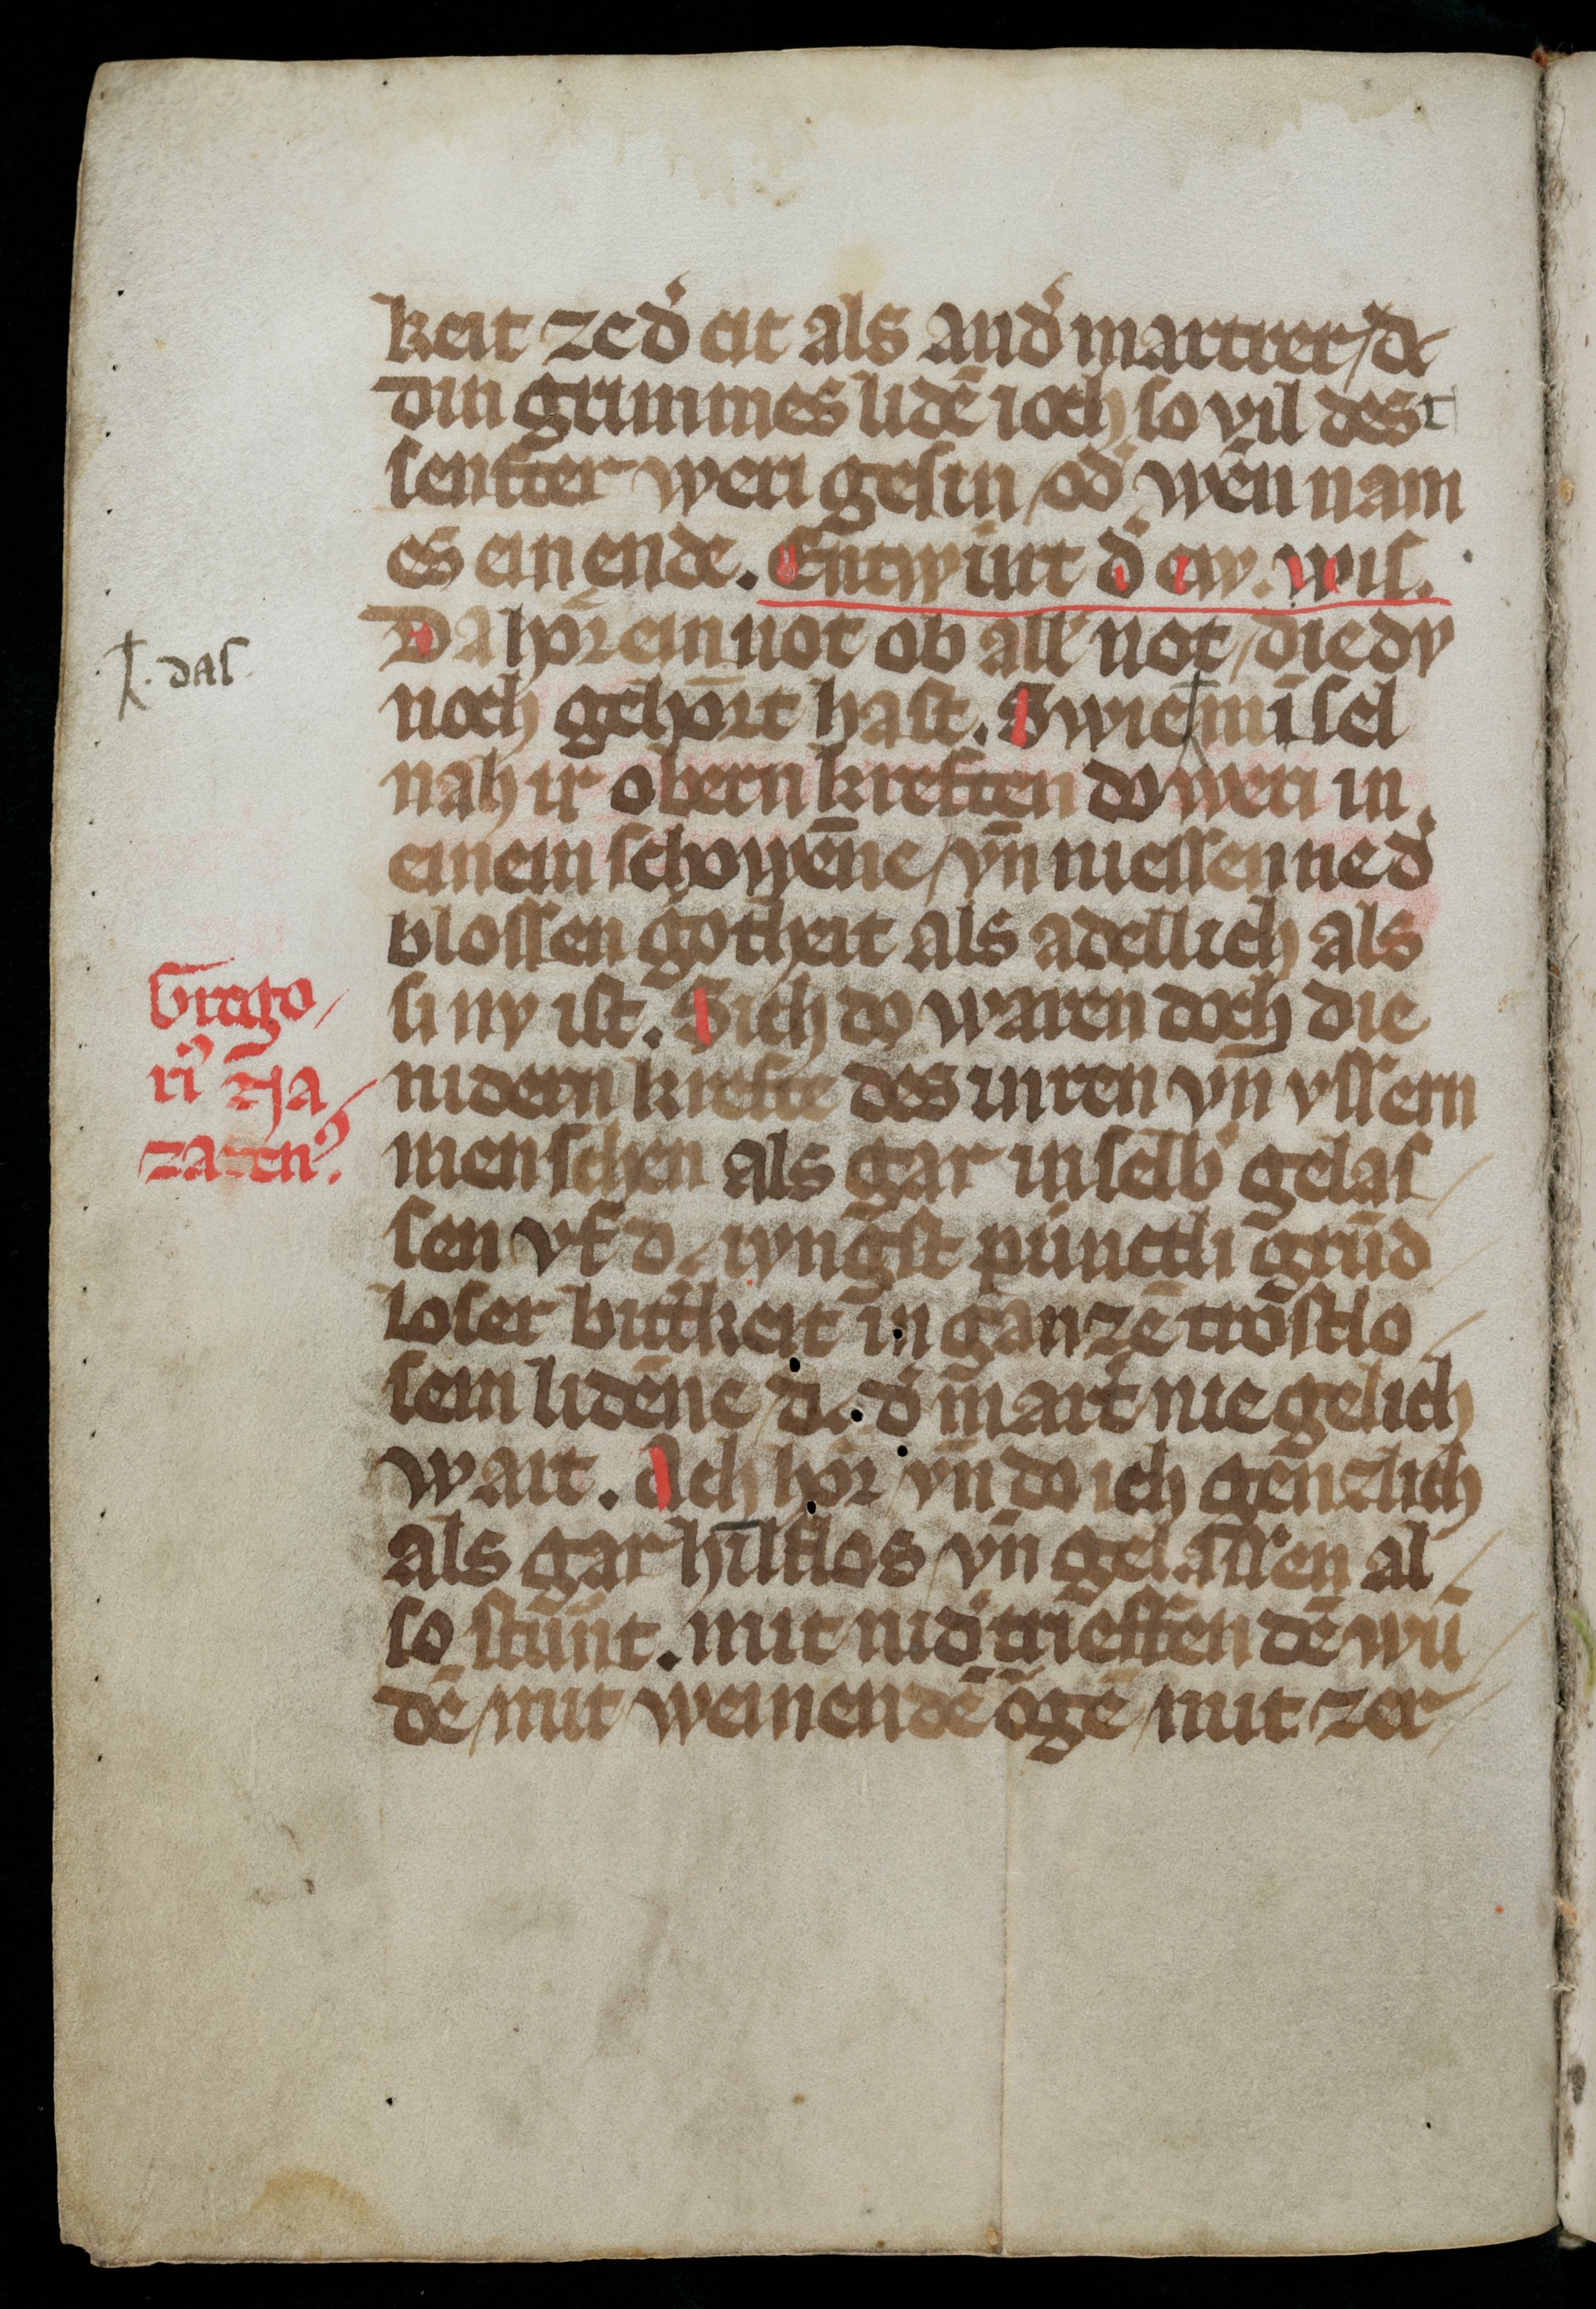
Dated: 1300–1399